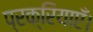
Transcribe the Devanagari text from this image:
प्रक्रियाएँ।